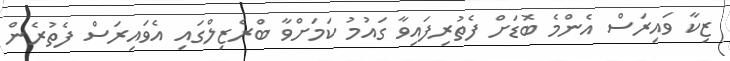
ޒިކާ ވައިރަސް އެންމެ ބޮޑަށް ފެތުރިފައިވާ ގައުމު ކަމަށްވާ ބްރެޒިލްގައި އެވައިރަސް ފެތުރެން